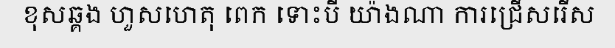
ខុសឆ្គង ហួសហេតុ ពេក ទោះបី យ៉ាងណា ការជ្រើសរើស